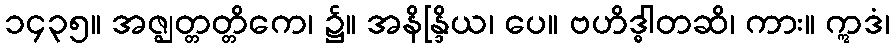
၁၄၃၅။ အဇ္ဈတ္တတ္တိကေ၊ ၌။ အနိန္ဒြိယ၊ ပေ။ ဗဟိဒ္ဓါတဆိ၊ ကား။ ဣဒံ၊